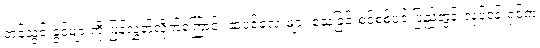
တင်သွင်းခွင့်များကို ပြန်လွှတ်လိုက်ကြောင်း ဆံပင်လေးများ သေခြင်းစင်စစ်ပင် ပြည်တွင်းလုပ်ငန်းရှင်က